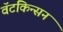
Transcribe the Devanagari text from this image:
वॅटकिन्सन